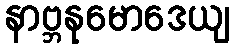
နာဗ္ဘနုမောဒေယျ